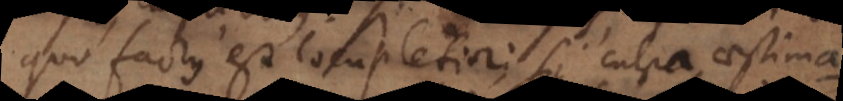
quo factus est locupletior; si culpa, aestimationem